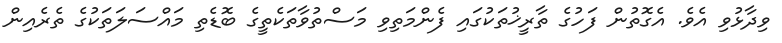
ވިދާޅުވި އެވެ. އެގޮތުން ފަހުގެ ތާރީޚުތަކުގައި ފެންމަތިވި މަސްތުވާތަކެތީގެ ބޮޑެތި މައްސަލަތަކުގެ ތެރެއިން